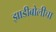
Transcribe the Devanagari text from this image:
झाडीबोलीचा